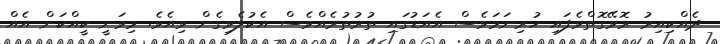
ދެއްކިއިރު ރޮވޭގޮތްވެފައި ހުރިނަމަވެސް އެއަޑުގައި ތުރުތުރެއްވެސް އެކުލެވިގެން ވިއެވެ. މިވަނީ ކީއްކަން އެއް